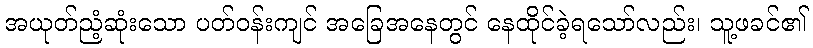
အယုတ်ညံ့ဆုံးသော ပတ်ဝန်းကျင် အခြေအနေတွင် နေထိုင်ခဲ့ရသော်လည်း၊ သူ့ဖခင်၏